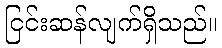
ငြင်းဆန်လျက်ရှိသည်။